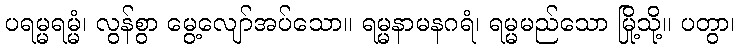
ပရမ္မရမ္မံ၊ လွန်စွာ မွေ့လျော်အပ်သော။ ရမ္မနာမနဂရံ၊ ရမ္မမည်သော မြို့သို့။ ပတွာ၊